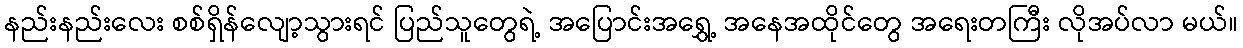
နည်းနည်းလေး စစ်ရှိန်လျော့သွားရင် ပြည်သူတွေရဲ့ အပြောင်းအရွှေ့ အနေအထိုင်တွေ အရေးတကြီး လိုအပ်လာ မယ်။